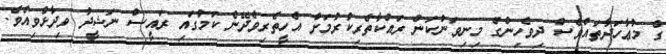
ގެ މުޢާހަދާތައްވެސް ދިވެހިންގެ މިނިވަންކަން ރައްކާތެރިކުރުމަށް އެހީތެރިވެދޭނެ ކަމުގައި ރައީސް ނަޝީދު ވިދާޅުވިއެވެ.